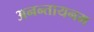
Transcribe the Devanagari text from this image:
अनन्तायनम